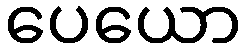
ပေယော